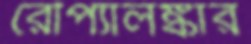
রৌপ্যালঙ্কার